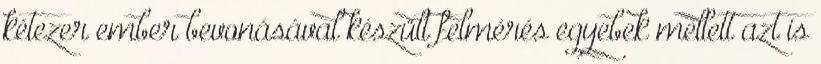
kétezer ember bevonásával készült felmérés egyebek mellett azt is